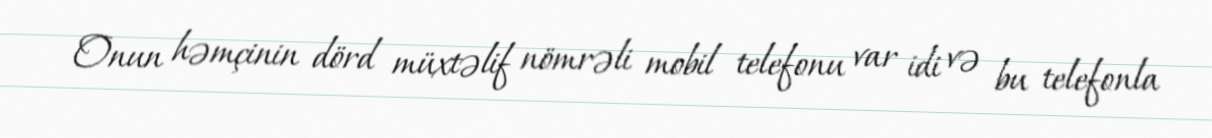
Onun həmçinin dörd müxtəlif nömrəli mobil telefonu var idi və bu telefonla